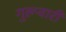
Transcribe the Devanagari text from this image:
गुरूवारी